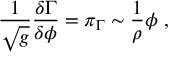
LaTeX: \frac 1 { \sqrt { g } } \frac { \delta \Gamma } { \delta \phi } = \pi _ { \Gamma } \sim \frac 1 \rho \phi ~ ,